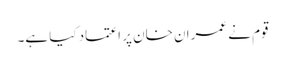
قوم نے عمران خان پر اعتماد کیا ہے۔